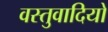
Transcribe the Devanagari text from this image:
वस्तुवादियों